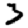
Digit: 3